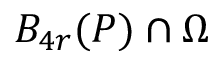
B _ { 4 r } ( P ) \cap \Omega